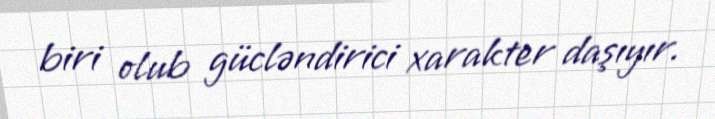
biri olub gücləndirici xarakter daşıyır.